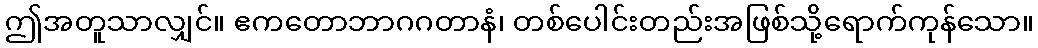
ဤအတူသာလျှင်။ ဧကတောဘာဂဂတာနံ၊ တစ်ပေါင်းတည်းအဖြစ်သို့ရောက်ကုန်သော။